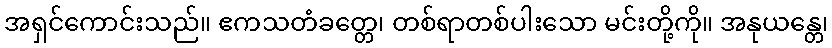
အရှင်ကောင်းသည်။ ဧကသတံခတ္တေ၊ တစ်ရာတစ်ပါးသော မင်းတို့ကို။ အနုယန္တေ၊